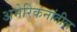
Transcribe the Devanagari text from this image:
अमेरिकनांतील